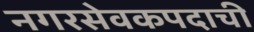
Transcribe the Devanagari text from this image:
नगरसेवकपदाची